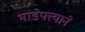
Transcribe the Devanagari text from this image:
भाडेपत्त्याने